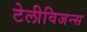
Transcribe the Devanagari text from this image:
टेलीविजन्स